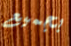
بجميع